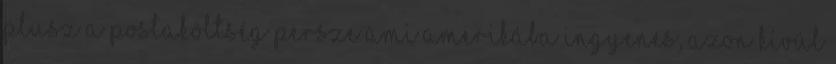
Plusz a postaköltség persze ami Amerikába ingyenes, azon kívül